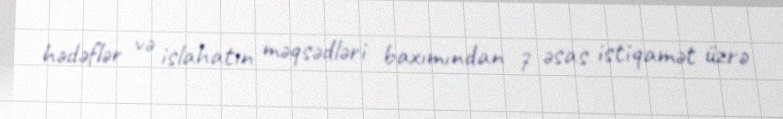
hədəflər və islahatın məqsədləri baxımından 7 əsas istiqamət üzrə